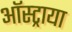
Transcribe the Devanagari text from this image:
ऑस्ट्राया